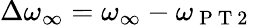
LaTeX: \Delta\omega_{\infty}=\omega_{\infty}-\omega_{\mathrm{~P~T~2~}}